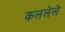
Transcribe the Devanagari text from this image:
कललेले